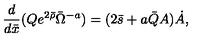
\frac { d } { d \bar { x } } ( Q e ^ { 2 \bar { \rho } } \bar { \Omega } ^ { - a } ) = ( 2 \bar { s } + a \bar { Q } A ) \dot { A } ,